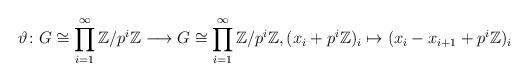
LaTeX: \begin{align*} \vartheta \colon G \cong \prod_{i=1}^\infty \mathbb{Z}/p^i\mathbb{Z} \longrightarrow G \cong \prod_{i=1}^\infty \mathbb{Z}/p^i\mathbb{Z}, (x_i + p^i\mathbb{Z})_i \mapsto (x_i-x_{i+1} + p^i\mathbb{Z})_i \end{align*}